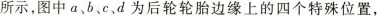
所示，图中a、b、c、d为后轮轮胎边缘上的四个特殊位置，